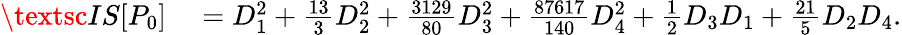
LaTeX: \begin{array}{rl}{\textsc{IS}[P_{0}]}&{{}=D_{1}^{2}+\frac{13}{3}D_{2}^{2}+\frac{3129}{80}D_{3}^{2}+\frac{87617}{140}D_{4}^{2}+\frac{1}{2}D_{3}D_{1}+\frac{21}{5}D_{2}D_{4}.}\end{array}